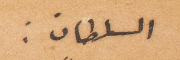
السلطان: